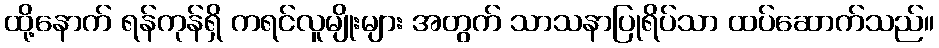
ထို့နောက် ရန်ကုန်ရှိ ကရင်လူမျိုးများ အတွက် သာသနာပြုရိပ်သာ ထပ်ဆောက်သည်။